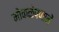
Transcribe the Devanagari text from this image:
मोकळेपणानें